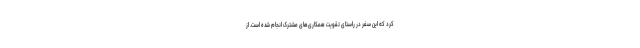
کرد که این سفر در راستای تقویت همکاری‌های مشترک انجام شده است. از